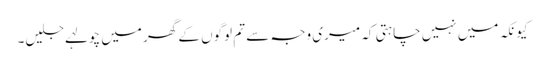
کیونکہ میں نہیں چاہتی کہ میری وجہ سے تم لوگوں کے گھر میں چولہے جلیں۔